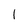
Character: 1